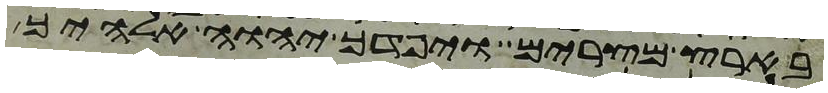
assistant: בארץ מצרים ויפדך יהוה אלהיך